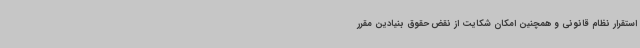
استقرار نظام قانونی و همچنین امکان شکایت از نقض حقوق بنیادین مقرر